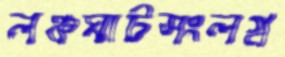
লঞ্চঘাটসংলগ্ন